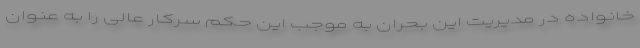
خانواده در مدیریت این بحران به موجب این حکم سرکار عالی را به عنوان